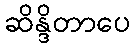
ဆိန္ဒိတာပေ